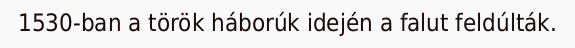
1530-ban a török háborúk idején a falut feldúlták.